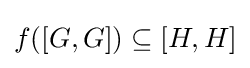
f([G,G])\subseteq [H,H]